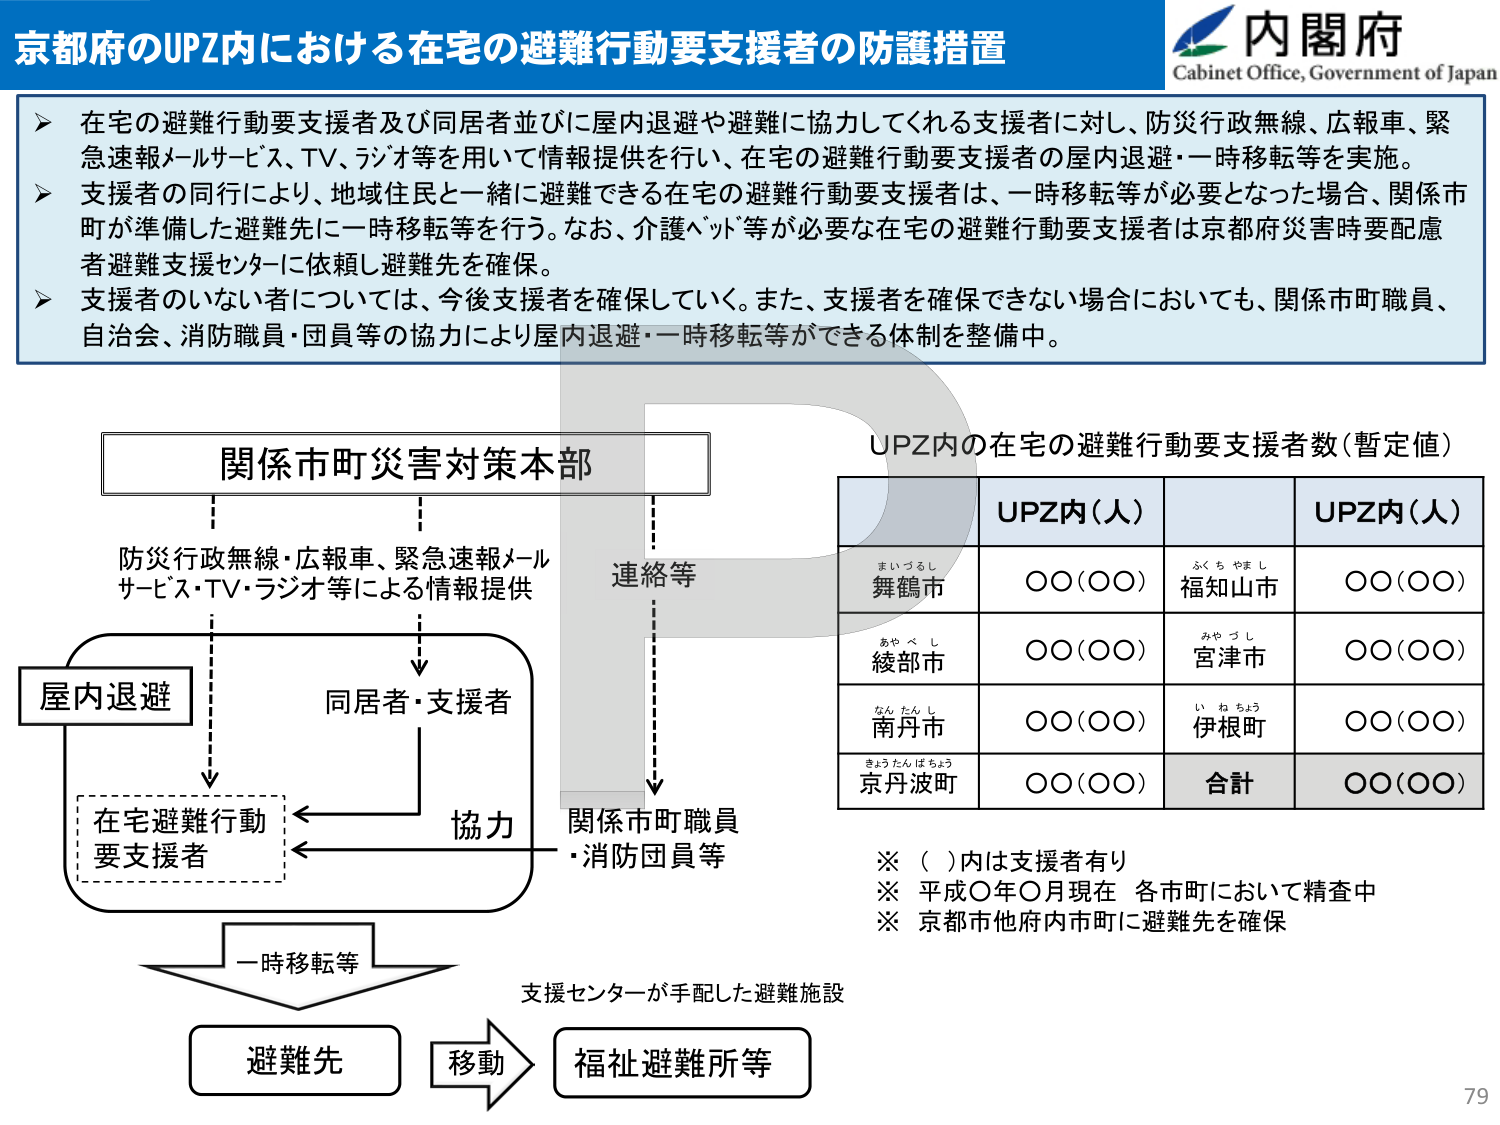
京都府のUPZ内における在宅の避難行動要支援者の防護措置

内閣府
Cabinet Office, Government of Japan

➤ 在宅の避難行動要支援者及び同居者並びに屋内退避や避難に協力してくれる支援者に対し、防災行政無線、広報車、緊急速報メールサービス、TV、ラジオ等を用いて情報提供を行い、在宅の避難行動要支援者の屋内退避・一時移転等を実施。
➤ 支援者の同行により、地域住民と一緒に避難できる在宅の避難行動要支援者は、一時移転等が必要となった場合、関係市町が準備した避難先に一時移転等を行う。なお、介護ベッド等が必要な在宅の避難行動要支援者は京都府災害時要配慮者避難支援センターに依頼し避難先を確保。
➤ 支援者のいない者については、今後支援者を確保していく。また、支援者を確保できない場合においても、関係市町職員、自治会、消防職員・団員等の協力により屋内退避・一時移転等ができる体制を整備中。

関係市町災害対策本部

防災行政無線・広報車、緊急速報メールサービス・TV・ラジオ等による情報提供

連絡等

屋内退避

同居者・支援者

協力

関係市町職員
・消防団員等

在宅避難行動
要支援者

一時移転等

避難先

移動

福祉避難所等

UPZ内の在宅の避難行動要支援者数（暫定値）

UPZ内（人）         UPZ内（人）
まいづるし 舞鶴市     〇〇（〇〇）     ふくちやまし 福知山市     〇〇（〇〇）
あやべし 綾部市       〇〇（〇〇）     みやづし 宮津市         〇〇（〇〇）
なんたんし 南丹市     〇〇（〇〇）     いねちょう 伊根町       〇〇（〇〇）
きょうたんばちょう 京丹波町 〇〇（〇〇） 合計                 〇〇（〇〇）

※（ ）内は支援者有り
※ 平成〇年〇月現在 各市町において精査中
※ 京都市他府内市町に避難先を確保

支援センターが手配した避難施設

79